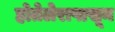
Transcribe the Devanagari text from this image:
होतेलेरापासून